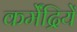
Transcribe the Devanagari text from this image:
कर्मेंद्रियें